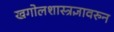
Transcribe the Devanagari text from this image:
खगोलशास्त्रज्ञावरुन